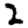
Digit: 2